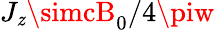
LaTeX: J_{\mathit{z}}\simcB_{0}/4\piw